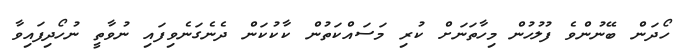
ހޯދަން ބޭނުންވެ ފުލުހުން މިހާތަނަށް ކުރި މަސައްކަތުން ކާކުކަން ދެނެގަނެވިފައި ނުވާތީ ނުހޯދިފައިވާ